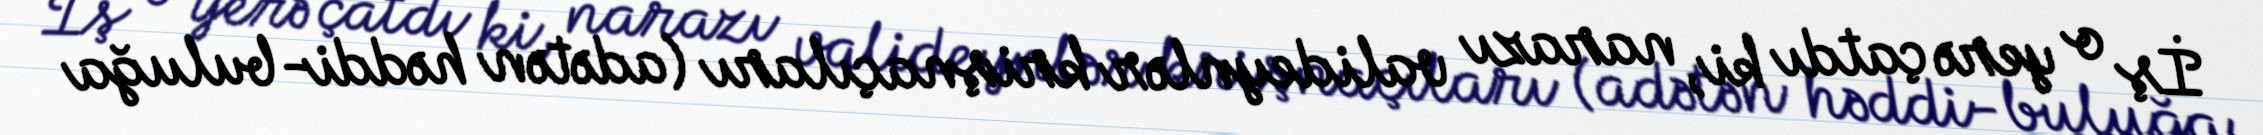
İş o yerə çatdı ki, narazı valideynlər krişnaçıları (adətən həddi-buluğa